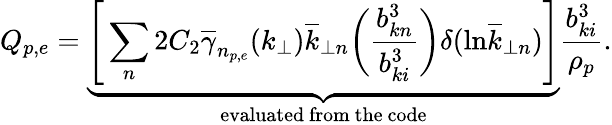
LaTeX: Q_{p,e}=\underbrace{\Bigg[\sum_{n}2C_{2}\overline{{\gamma}}_{n_{p,e}}(k_{\perp})\overline{{k}}_{\perp n}\bigg(\frac{b_{kn}^{3}}{b_{ki}^{3}}\bigg)\delta(\mathrm{ln}\overline{{k}}_{\perp n})\Bigg]}_{\mathrm{evaluated~from~the~code}}\frac{b_{ki}^{3}}{\rho_{p}}.